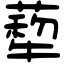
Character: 𦺙